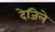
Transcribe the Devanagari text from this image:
देजिले